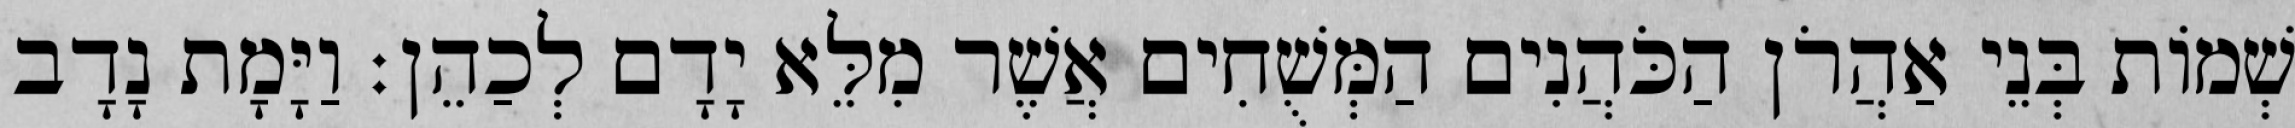
שְׁמוֹת בְּנֵי אַהֲרֹן הַכֹּהֲנִים הַמְּשֻׁחִים אֲשֶׁר מִלֵּא יָדָם לְכַהֵן׃ וַיָּמָת נָדָב